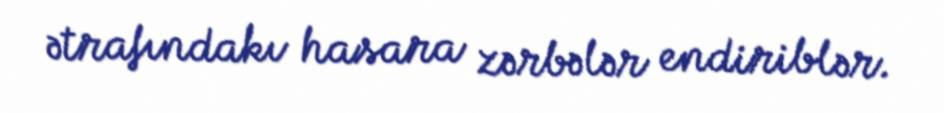
ətrafındakı hasara zərbələr endiriblər.